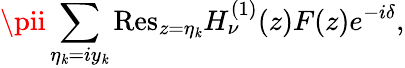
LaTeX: \pii\sum_{\eta_{\mathit{k}}=iy_{\mathit{k}}}{\mathrm{{Res}}}_{z=\eta_{\mathit{k}}}H_{\nu}^{(1)}(z)F(z)e^{-i\delta},